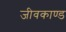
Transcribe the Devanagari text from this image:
जीवकाण्ड